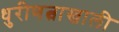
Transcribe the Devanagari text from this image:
धुरीणत्वाखाली